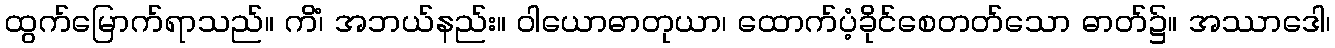
ထွက်မြောက်ရာသည်။ ကိံ၊ အဘယ်နည်း။ ဝါယောဓာတုယာ၊ ထောက်ပံ့ခိုင်စေတတ်သော ဓာတ်၌။ အဿာဒေါ၊